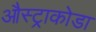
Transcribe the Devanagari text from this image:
औस्ट्राकोडा